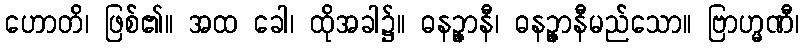
ဟောတိ၊ ဖြစ်၏။ အထ ခေါ၊ ထိုအခါ၌။ ဓနဉ္ဇာနီ၊ ဓနဉ္ဇာနီမည်သော။ ဗြာဟ္မဏီ၊